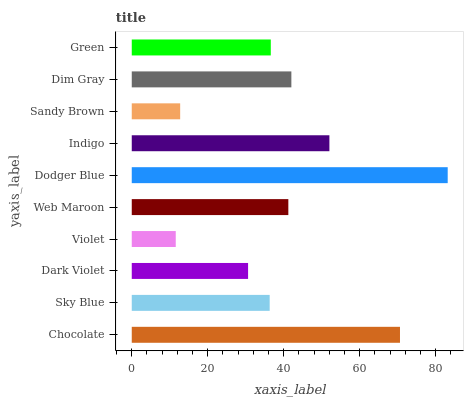
| yaxis_label | bars |
 | --- | --- |
 | Chocolate | 70.6 |
 | Sky Blue | 36.3 |
 | Dark Violet | 30.6 |
 | Violet | 11.6 |
 | Web Maroon | 41.2 |
 | Dodger Blue | 83.1 |
 | Indigo | 52 |
 | Sandy Brown | 12.7 |
 | Dim Gray | 42 |
 | Green | 36.6 |